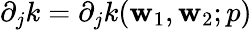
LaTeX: \partial_{j}k=\partial_{j}k(\mathbf{w}_{1},\mathbf{w}_{2};p)